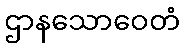
ဌာနသောဝေတံ